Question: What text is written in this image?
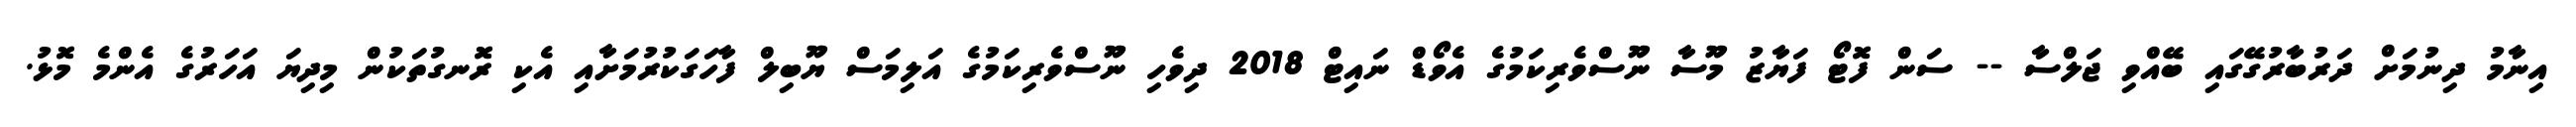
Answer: އިނާމު ދިނުމަށް ދަރުބާރުގޭގައި ބޭއްވި ޖަލްސާ -- ސަން ފޮޓޯ ފަޔާޒު މޫސާ ނޫސްވެރިކަމުގެ އެވޯޑް ނައިޓް 2018 ދިވެހި ނޫސްވެރިކަމުގެ އަލިމަސް ޔޫބިލް ފާހަގަކުރުމަށާއި އެކި ރޮނގުތަކުން މިދިޔަ އަހަރުގެ އެންމެ މޮޅު.